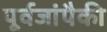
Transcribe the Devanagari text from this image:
पूर्वजांपैकी